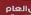
العام